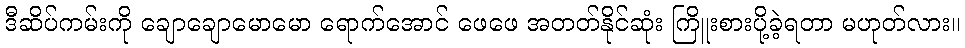
ဒီဆိပ်ကမ်းကို ချောချောမောမော ရောက်အောင် ဖေဖေ အတတ်နိုင်ဆုံး ကြိူးစားပို့ခဲ့ရတာ မဟုတ်လား။